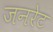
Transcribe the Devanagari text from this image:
जनरेट